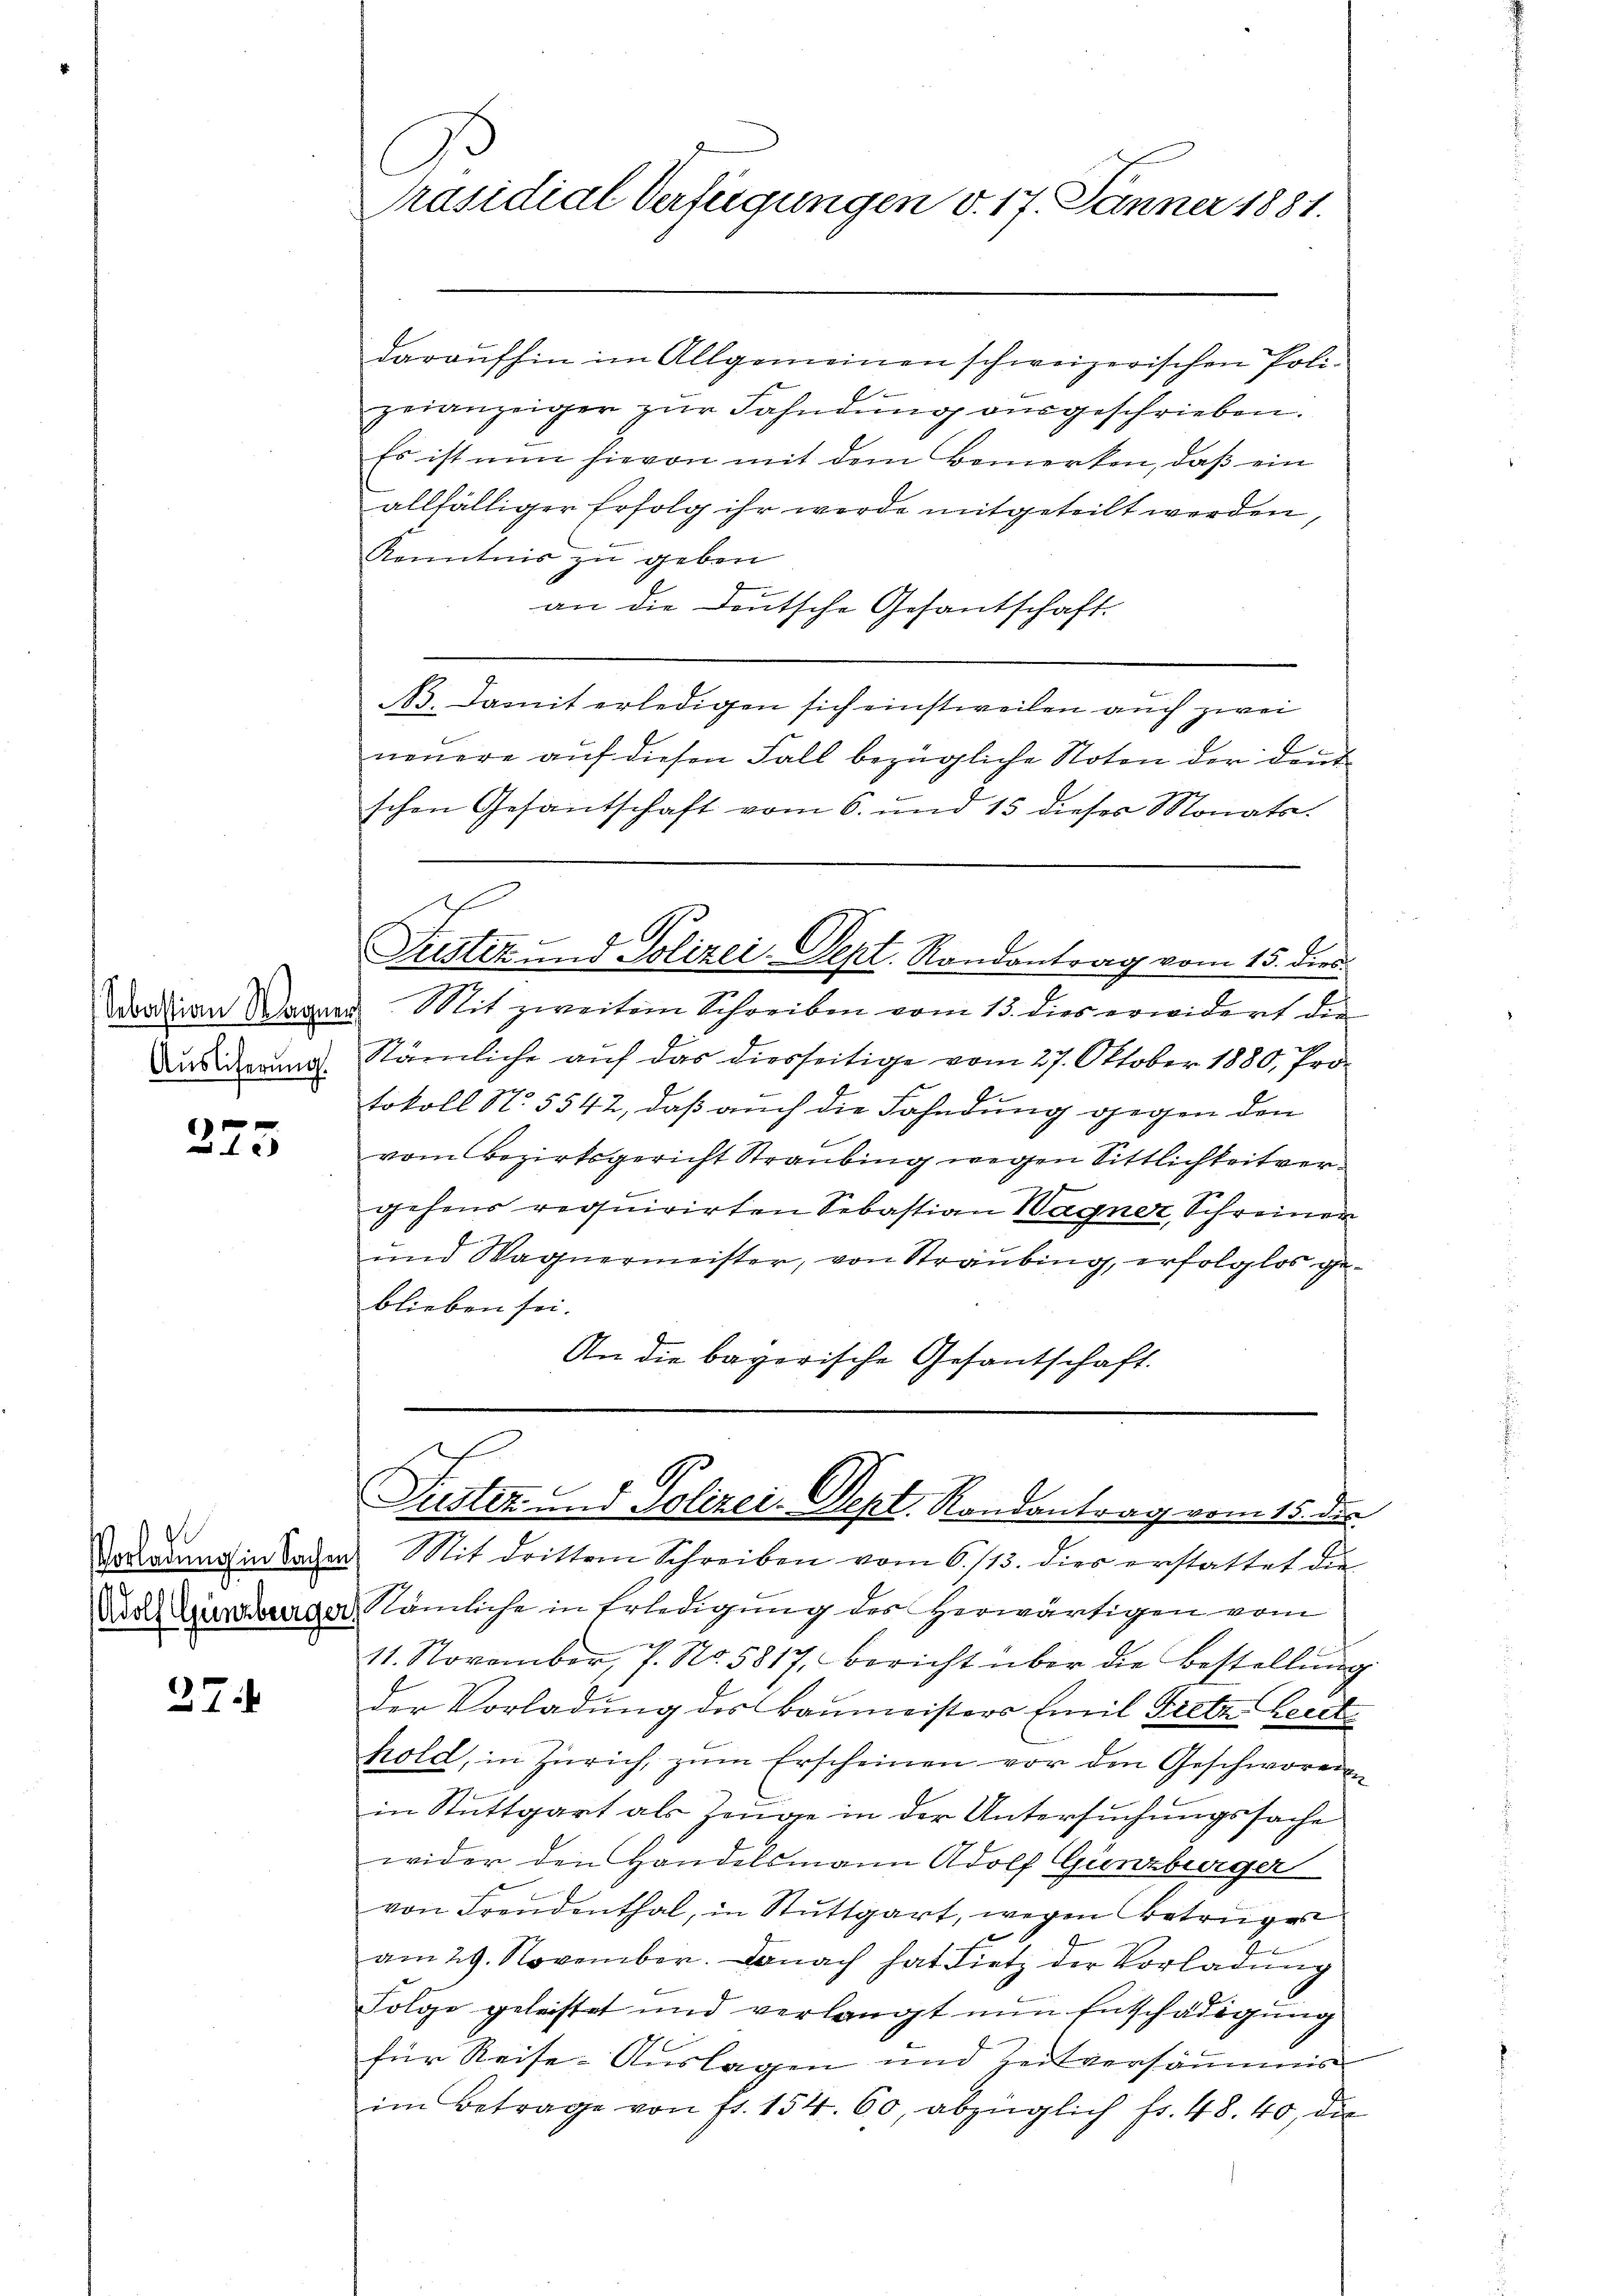
Sebastian Wagner
Auslieferung.

f x
)
x

1

27

Vorladung in Sachen Mit dritten Schreiben vom 6./13. dies erstattet die
Doch Zurburger, nämliche in Erledigung des Herwärtigen vom
11. November, 7. No. 5817, bericht über die Bestellŭng
der Vorladung des Baumeisters Emil Fretz Lect
hold, in Zürich, zŭm Erscheinen vor den Geschworenen
in Stuttgart als Zeuge in der Untersuchungssache
wider den Handelsmann Adolf Günzburger
von Freudenthal, in Stuttgart, wegen Betruges
am 29. November. Danach hat Lietz der Vorladŭng
Folge geleistet und verlangt nun Entschädigung
für Reise-Auslagen und Zeitversäumis
im Betrage von fr. 154. 60, abzüglich fr. 48. 40, die

Präsidial Verfügungen v. 17. Jänner 1881.

daraufhin im Allgemeinen schweizerischen Poligeianzeiger zŭr Fahndŭng aŭsgeschrieben.
Es ist nun hievon mit dem Bemerken, daß ein
allfälliger Erfolg ihr werde mitgeteilt werden,
Kenntnis zu geben
an die Deutsche Gesantschaft.
N. Damit erledigen sich einstweilen auch zwei
E
neuere auf diesen Fall bezügliche Noten der den
schen Gesantschaft vom 6. und 15 dieses Monats-
Justiz und Polizei- Sept. Randantrag vom 15. dies
Mit zweitem Schreiben vom 13. dies erwidert die
Stämliche auf das diesseitige vom 27. Oktober 1880, Protokoll N. 5542, daß auch die Fahndung gegen den
vom Bezirksgericht Straubung wegen Sittlichkeit vergehens requirirten Sebastian Wagner, Schreinen
und Wagnermeister, von Straubung, erfolglos geblieben sei.
An die bayerische Gesantschaft.

s
Pustiz und Polizei-Dept. Randantrag vom 15. der